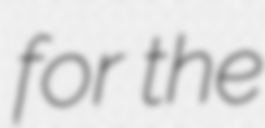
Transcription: for the